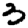
Digit: 3